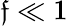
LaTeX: \mathfrak{f}\ll1